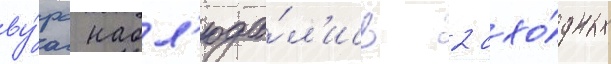
ву́рс набл'юда́л'ись 2 схо́дных